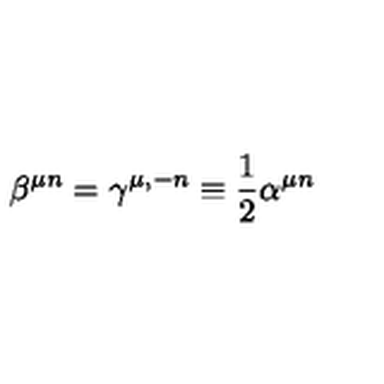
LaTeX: \beta ^ { \mu n } = \gamma ^ { \mu , - n } \equiv \frac { 1 } { 2 } \alpha ^ { \mu n }